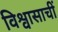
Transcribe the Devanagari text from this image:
विश्वासाचीं